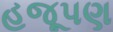
હજૂપણ